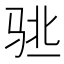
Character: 𱅌